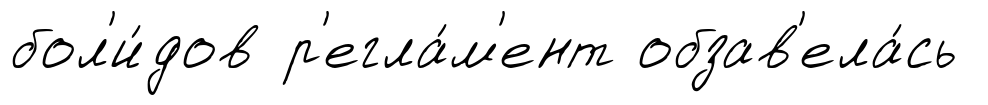
бол'и́дов р'егла́м'ент обзав'ела́сь